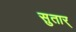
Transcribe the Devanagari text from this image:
सुतार्